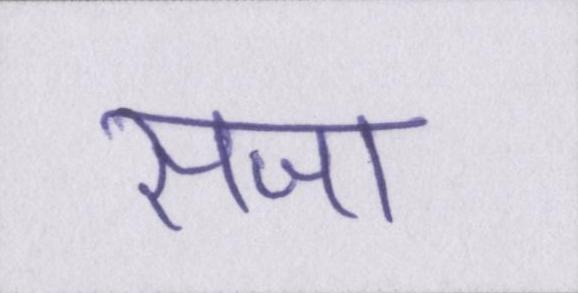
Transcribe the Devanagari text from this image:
सजा